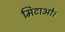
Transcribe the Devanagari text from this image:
मिटाओ।